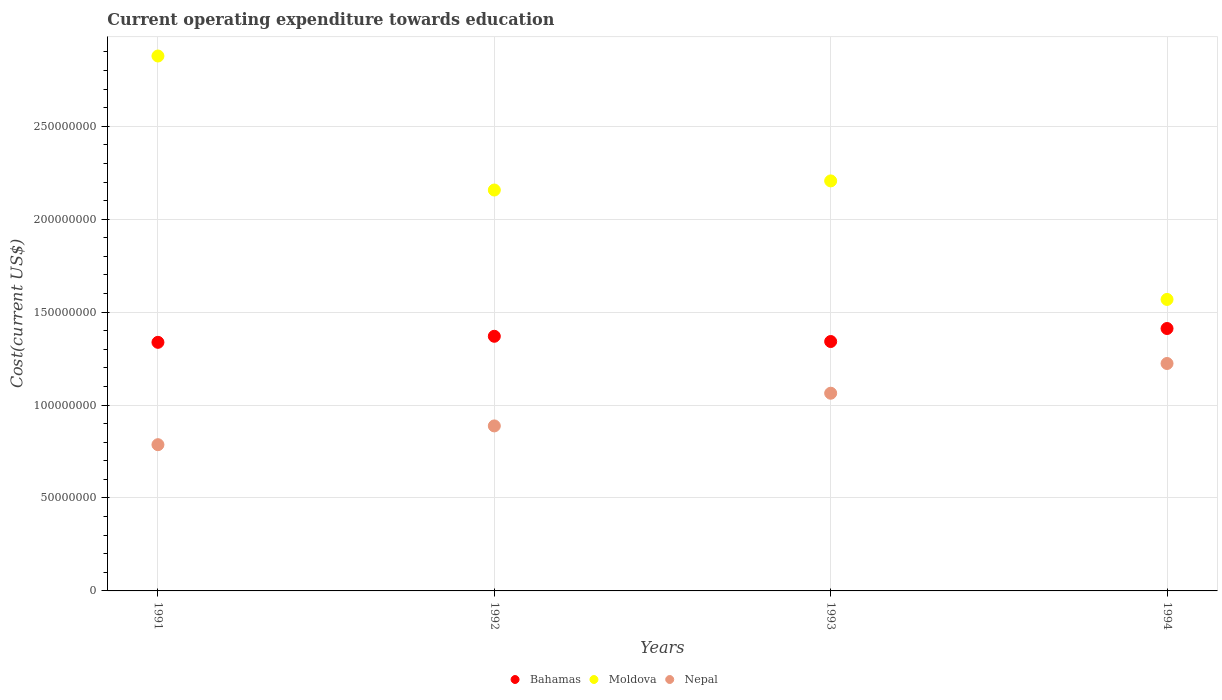
| Years | Bahamas | Moldova | Nepal |
 | --- | --- | --- | --- |
 | 1991 | 1.34e+08 | 2.88e+08 | 7.87e+07 |
 | 1992 | 1.37e+08 | 2.16e+08 | 8.88e+07 |
 | 1993 | 1.34e+08 | 2.21e+08 | 1.06e+08 |
 | 1994 | 1.41e+08 | 1.57e+08 | 1.22e+08 |